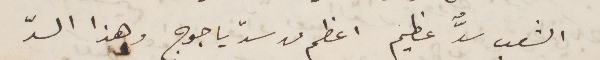
الشعب سدٌّ عظيم اعظم من سدّ ياجوج. وهذا السدّ